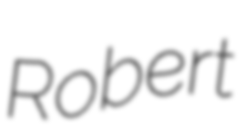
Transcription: Robert